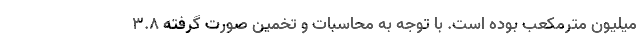
میلیون مترمکعب بوده است. با توجه به محاسبات و تخمین صورت گرفته ۳.۸